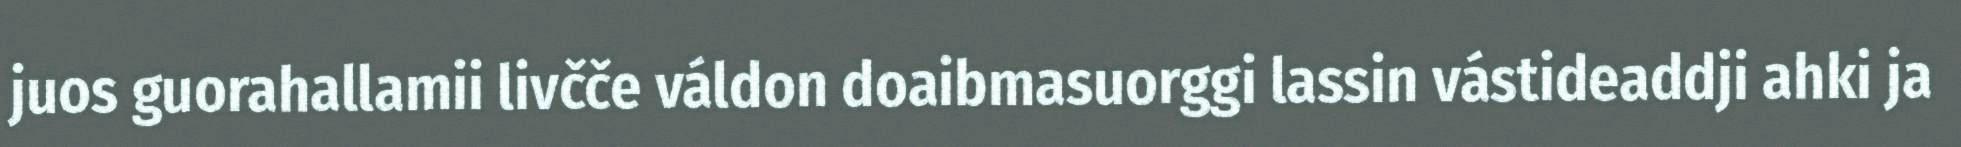
juos guorahallamii livčče váldon doaibmasuorggi lassin vástideaddji ahki ja